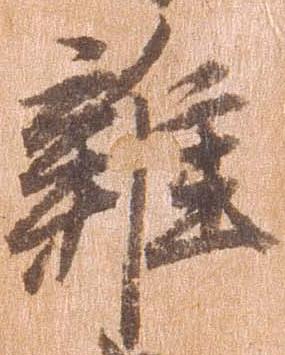
雑